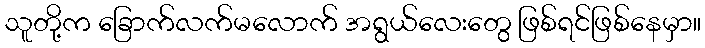
သူတို့က ခြောက်လက်မလောက် အရွယ်လေးတွေ ဖြစ်ရင်ဖြစ်နေမှာ။